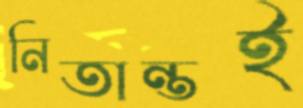
নিতান্তই